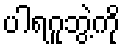
ပါရဂူဘွဲ့ကို